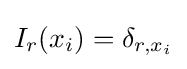
I_{r}(x_{i})=\delta _{r,x_{i}}